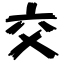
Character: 交